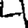
Digit: 4